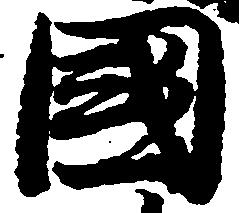
国